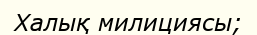
Халық милициясы;